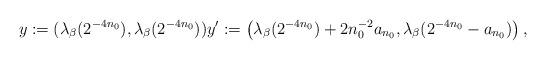
LaTeX: \begin{align*}y:=(\lambda_\beta(2^{-4n_0}),\lambda_\beta(2^{-4n_0})) y':= \left( \lambda_\beta(2^{-4n_0})+ 2n_0^{-2} {a_{n_0}}, \lambda_\beta(2^{-4n_0}-a_{n_0}) \right),\end{align*}